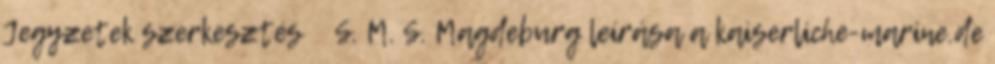
Jegyzetek szerkesztés ↑ S. M. S. Magdeburg leírása a kaiserliche-marine.de